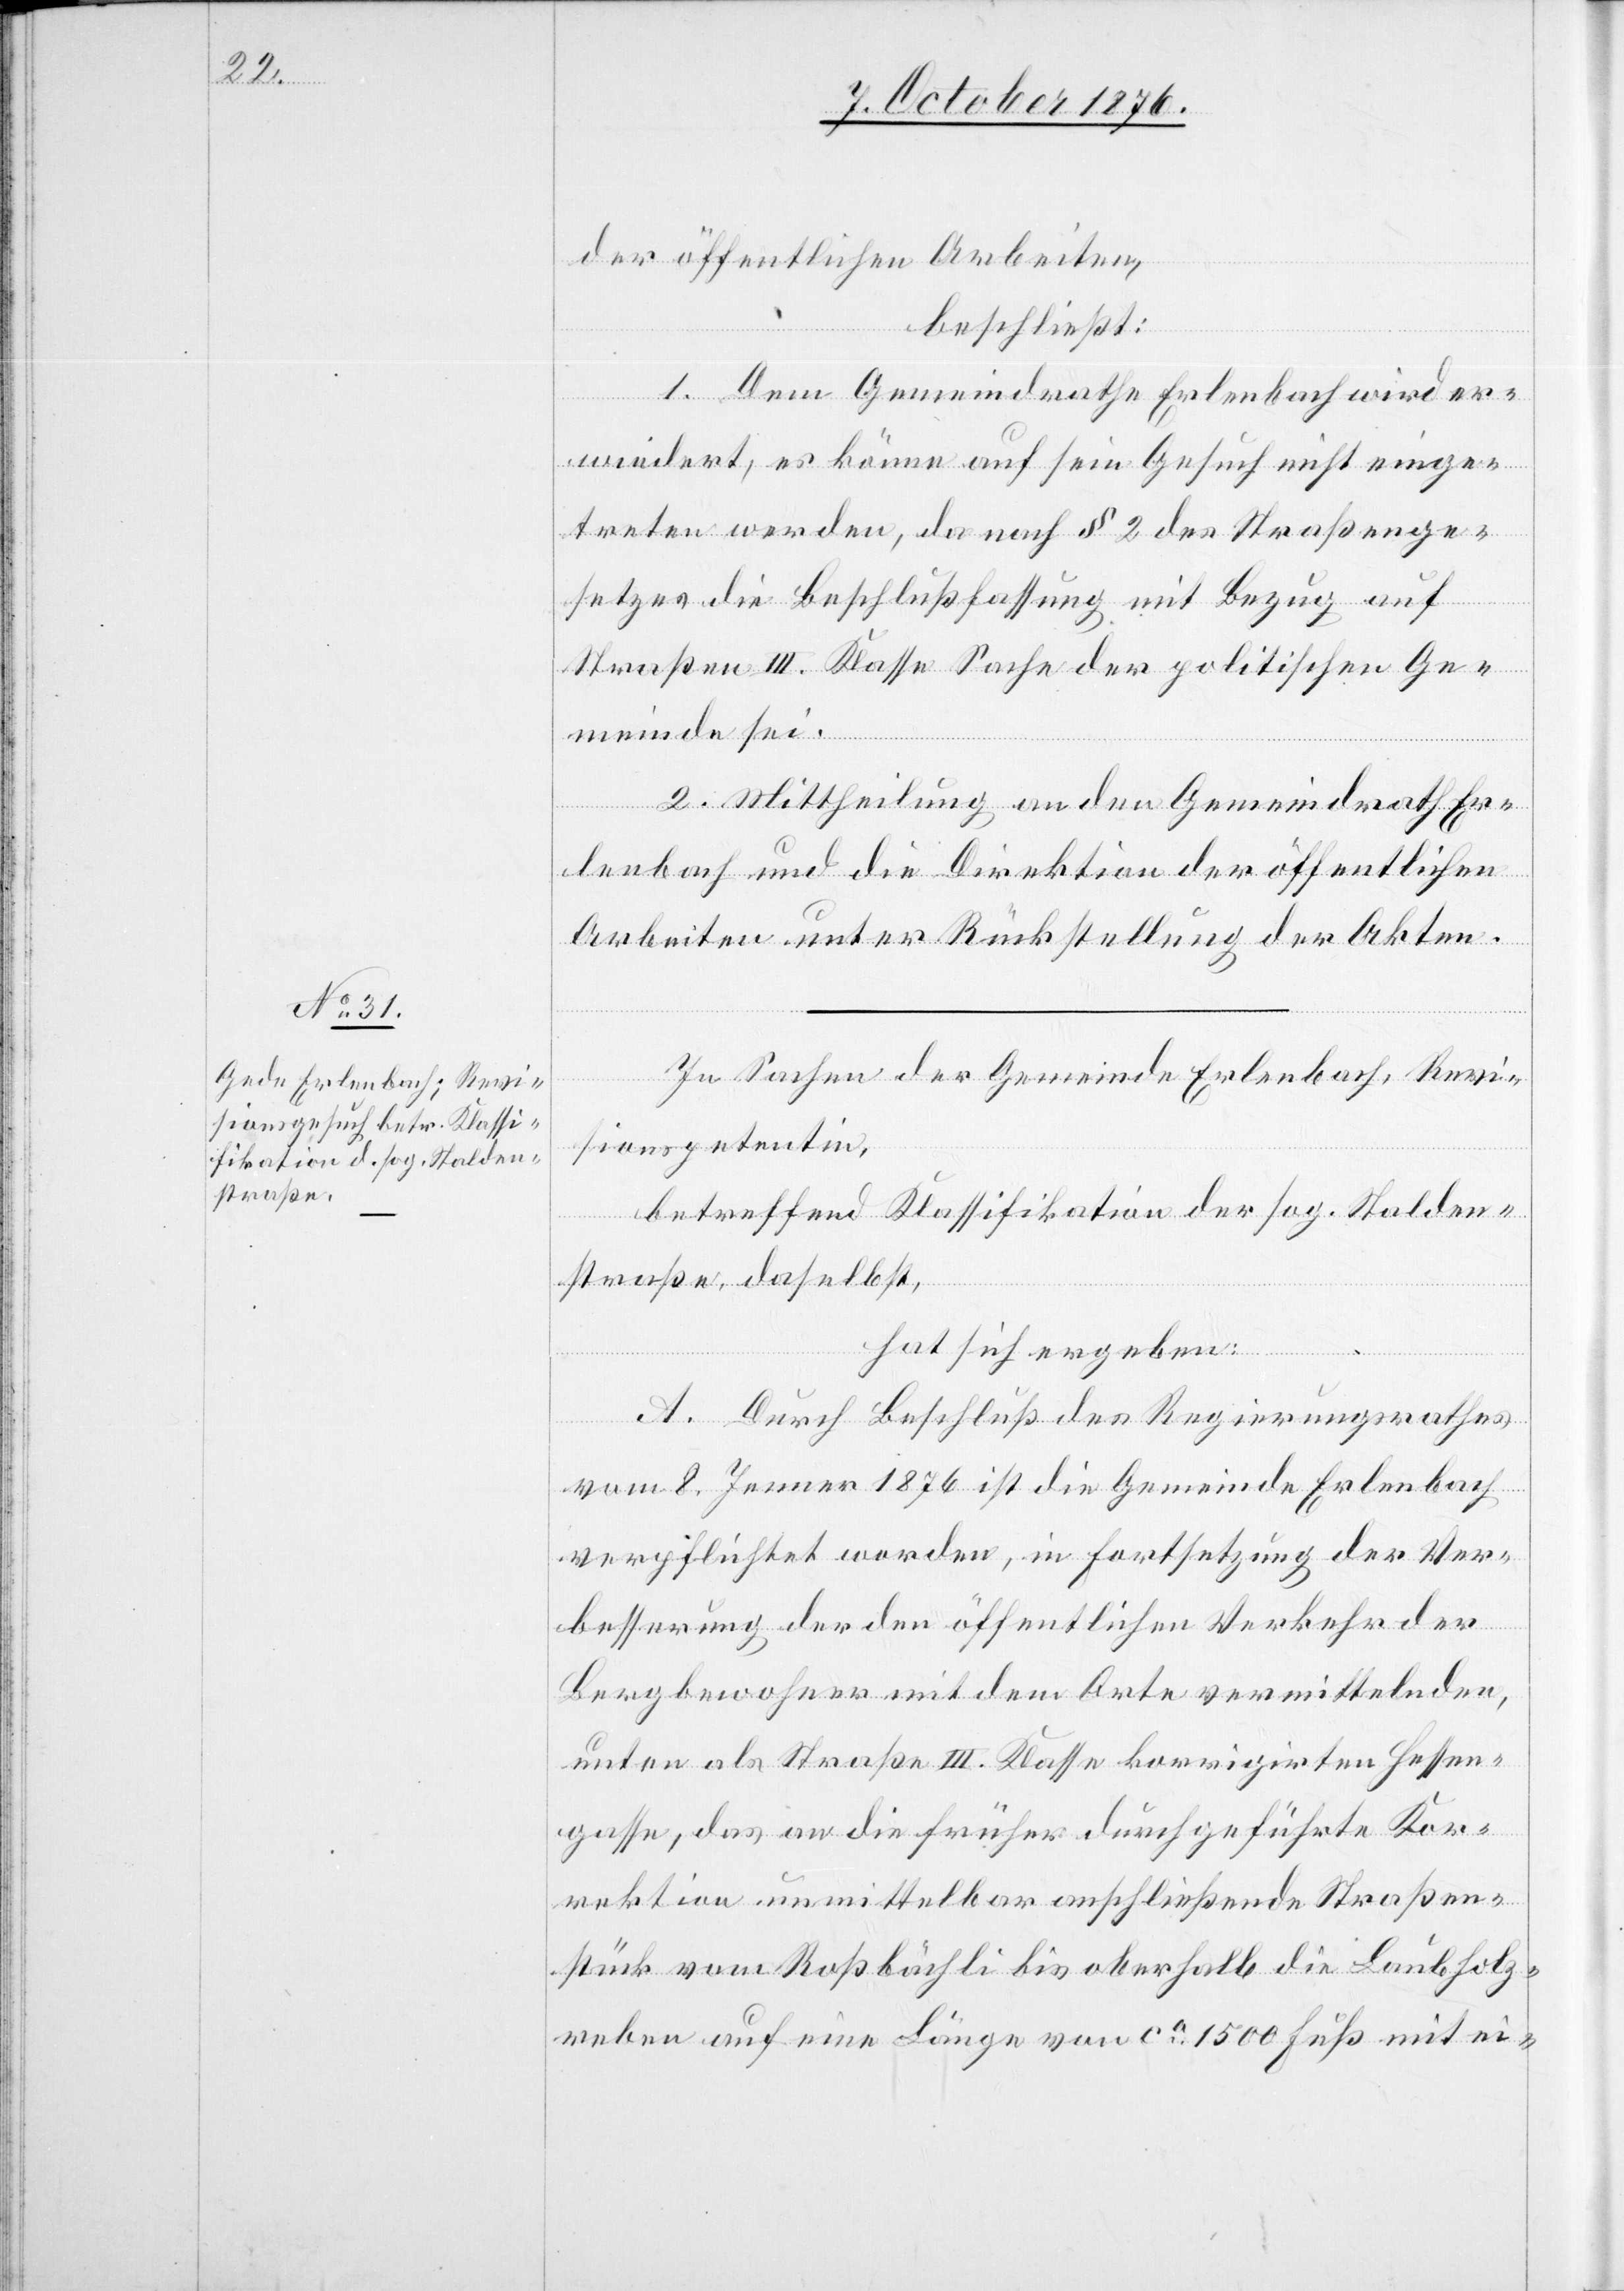
der öffentlichen Arbeiten,
beschließt:
1. Dem Gemeindrathe Erlenbach wird er¬
wiedert, es könne auf sein Gesuch nicht einge¬
treten werden, da nach § 2 des Straßenge¬
setzes die Beschlußfassung mit Bezug auf
Straßen III. Klasse Sache der politischen Ge¬
meinde sei.
2. Mittheilung an den Gemeindrath Er¬
lenbach und die Direktion der öffentlichen
Arbeiten unter Rückstellung der Akten.
In Sachen der Gemeinde Erlenbach, Revi¬
sionspetentin,
betreffend Klassifikation der sog. Stalden¬
straße, daselbst,
hat sich ergeben:
A. Durch Beschluß des Regierungsrathes
vom 8. Jenner 1876 ist die Gemeinde Erlenbach
verpflichtet worden, in Fortsetzung der Ver¬
besserung der den öffentlichen Verkehr der
Bergbewohner mit dem Orte vermittelnden,
unten als Straße III. Klasse korrigirten Hessen¬
gasse, das an die früher durchgeführte Kor¬
rektion unmittelbar anschließende Straßen¬
stück vom Roßbächli bis oberhalb die Laubholz¬
reben auf eine Länge von ca 1500 Fuß mit ei-